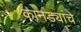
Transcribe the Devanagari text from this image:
कानड्यांचे